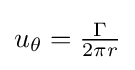
u_{\theta }={\tfrac {\Gamma }{2\pi r}}